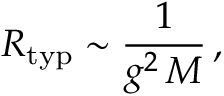
R _ { \mathrm { t y p } } \sim \frac { 1 } { g ^ { 2 } \, M } \, ,